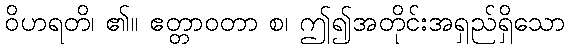
ဝိဟရတိ၊ ၏။ ဧတ္တာဝတာ စ၊ ဤ၍အတိုင်းအရှည်ရှိသော